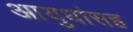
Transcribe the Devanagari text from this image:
आयुधांसह